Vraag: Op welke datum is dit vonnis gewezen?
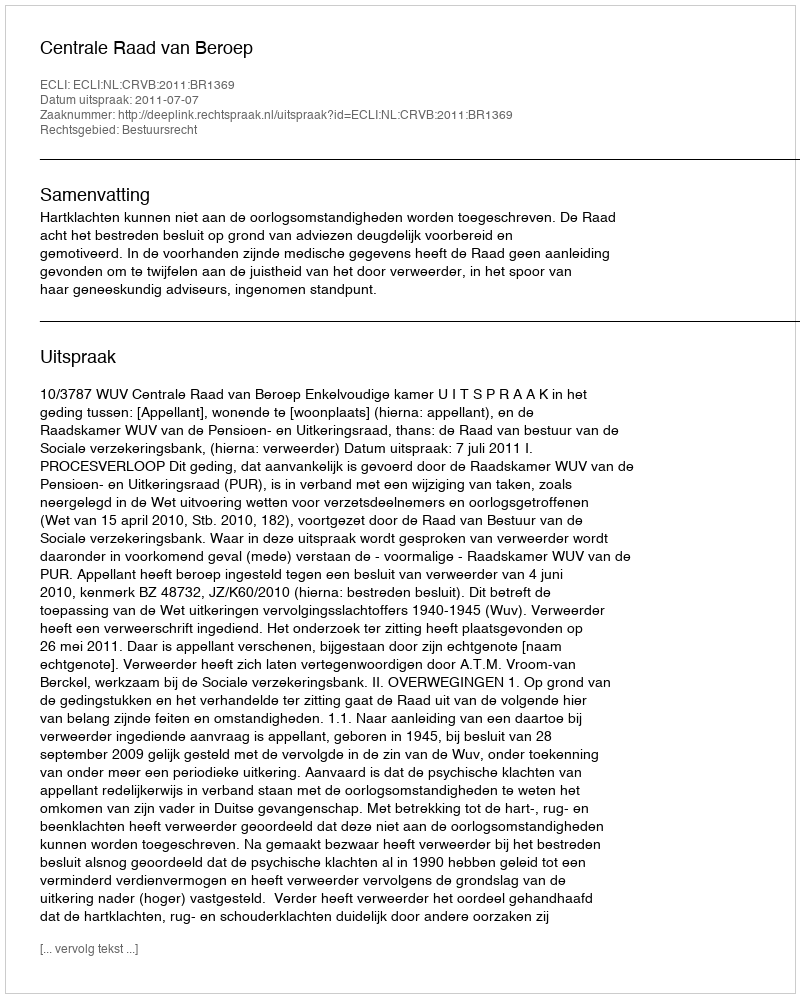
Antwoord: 2011-07-07